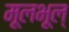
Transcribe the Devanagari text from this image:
मूलभूल्